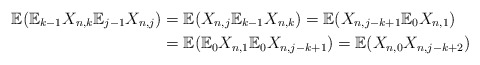
\begin{align*}\mathbb{E}(\mathbb{E}_{k-1}X_{n,k}\mathbb{E}_{j-1}X_{n,j}) & =\mathbb{E}(X_{n,j}\mathbb{E}_{k-1}X_{n,k})=\mathbb{E}(X_{n,j-k+1}\mathbb{E}_{0}X_{n,1})\\& =\mathbb{E}(\mathbb{E}_{0}X_{n,1}\mathbb{E}_{0}X_{n,j-k+1})=\mathbb{E}(X_{n,0}X_{n,j-k+2})\end{align*}